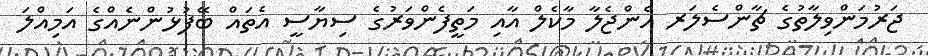
ޖަރުމަންވިލާތުގެ ޗާންސެލަރ އެންޖެލާ މާކެލް އާއި މަތީފެންވަރުގެ ސިޔާސީ އެތައް ބޭފުޅުންނެއްގެ އަމިއްލަ